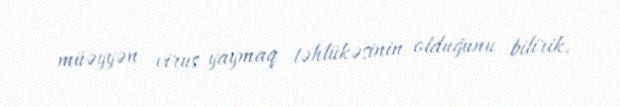
müəyyən virus yaymaq təhlükəsinin olduğunu bilirik.